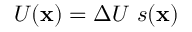
U ( \mathbf { x } ) = \Delta U \ s ( \mathbf { x } )